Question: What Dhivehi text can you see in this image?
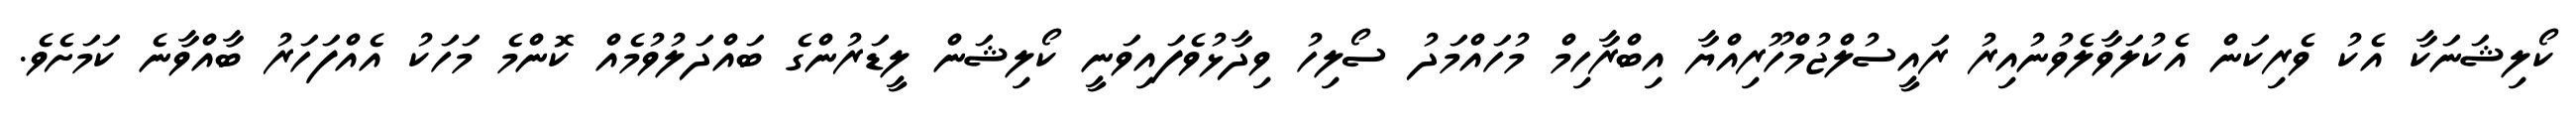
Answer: ކޯލިޝަނަކާ އެކު ވެރިކަން އެކުލަވާލެވުނުއިރު ރައީސުލްޖުމްހޫރިއްޔާ އިބްރާހިމް މުހައްމަދު ސޯލިހު ވިދާޅުވެފައިވަނީ ކޯލިޝަން ލީޑަރުންގެ ބައްދަލުވުމެއް ކޮންމެ މަހަކު އެއްފަހަރު ބާއްވާނެ ކަމަށެވެ.